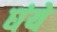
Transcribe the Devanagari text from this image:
घंये